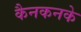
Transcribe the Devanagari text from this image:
कैनकनके